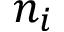
n _ { i }